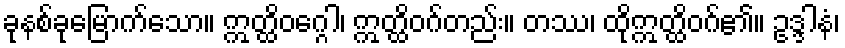
ခုနစ်ခုမြောက်သော။ ဣတ္ထိဝဂ္ဂေါ၊ ဣတ္ထိဝဂ်တည်း။ တဿ၊ ထိုဣတ္ထိဝဂ်၏။ ဥဒ္ဒါနံ၊